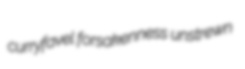
curryfavel forsakenness unstrewn